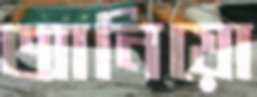
আনিয়ো